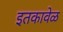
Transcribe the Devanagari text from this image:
इतकावेळ